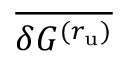
\overline { { \delta G ^ { ( r _ { \mathrm { u } } ) } } }